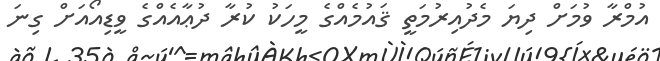
އުމްރާ ވުމަށް ދިޔަަ މެދުއިރުމަތީ ޤައުމެއްގެ މީހަކު ކުރާ ދުޢާއެއްގެ ވީޑިއޯއަށް ގިނަ